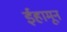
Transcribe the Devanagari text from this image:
ईहामून